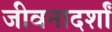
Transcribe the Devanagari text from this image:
जीवनादर्शां